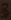
Text: 3